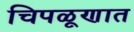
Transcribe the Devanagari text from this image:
चिपळूणात